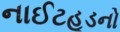
નાઈટહૂડનો